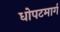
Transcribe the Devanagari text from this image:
धोपटमार्ग